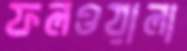
ফলওয়ালা